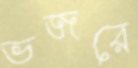
ভজরে